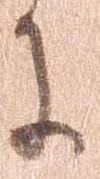
に